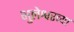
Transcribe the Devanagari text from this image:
भुलेश्वरच्या